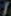
/